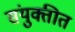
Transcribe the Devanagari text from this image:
संयुक्तीत